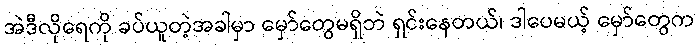
အဲဒီလိုရေကို ခပ်ယူတဲ့အခါမှာ မှော်တွေမရှိဘဲ ရှင်းနေတယ်၊ ဒါပေမယ့် မှော်တွေက